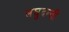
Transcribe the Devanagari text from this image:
लघुदन्ती